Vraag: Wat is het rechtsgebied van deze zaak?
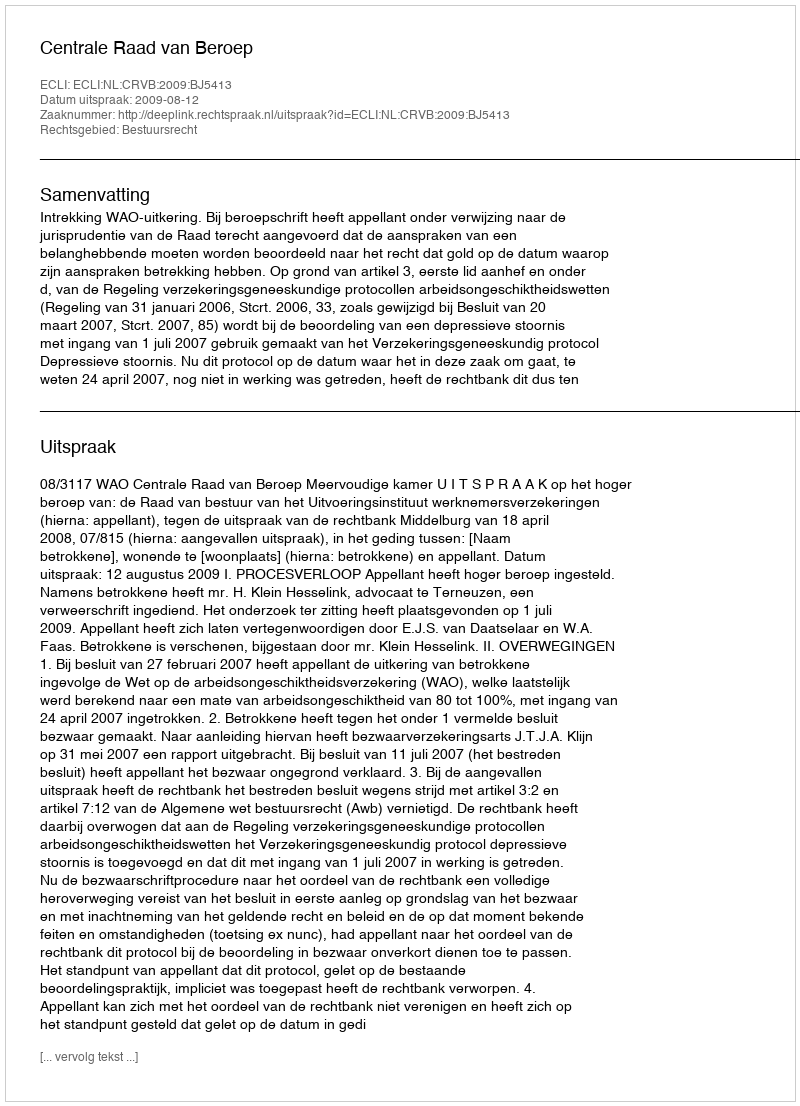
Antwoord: Bestuursrecht